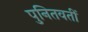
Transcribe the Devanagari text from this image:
पुनितवतीं